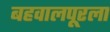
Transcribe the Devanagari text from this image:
बहवालपूरला